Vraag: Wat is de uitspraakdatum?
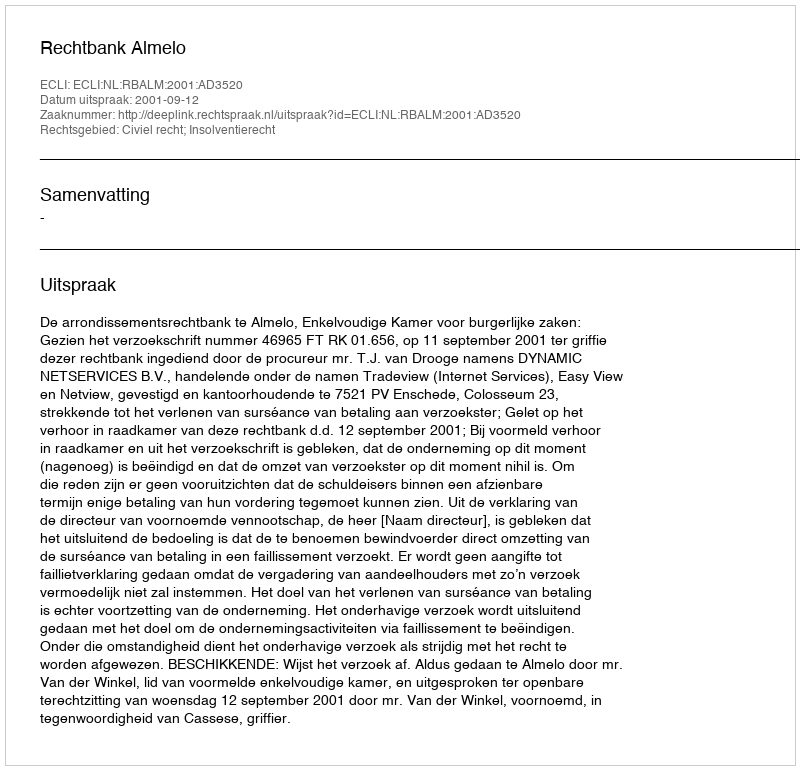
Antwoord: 2001-09-12